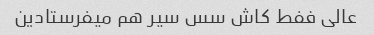
عالی ففط کاش سس سیر هم میفرستادین